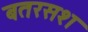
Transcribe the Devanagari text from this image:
बतरसश